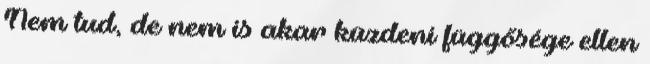
Nem tud, de nem is akar küzdeni függősége ellen